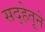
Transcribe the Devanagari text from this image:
सद्‍हेतूने